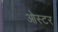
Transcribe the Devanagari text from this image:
ओस्टर